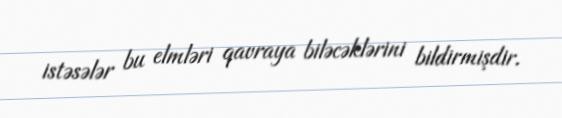
istəsələr bu elmləri qavraya biləcəklərini bildirmişdir.